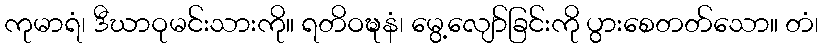
ကုမာရံ၊ ဒီဃာဝုမင်းသားကို။ ရတိဝဍ္ဎနံ၊ မွေ့လျော်ခြင်းကို ပွားစေတတ်သော။ တံ၊